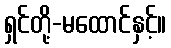
ရှင်တို့-မထောင်နှင့်။